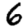
Digit: 6